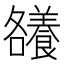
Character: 𮊶